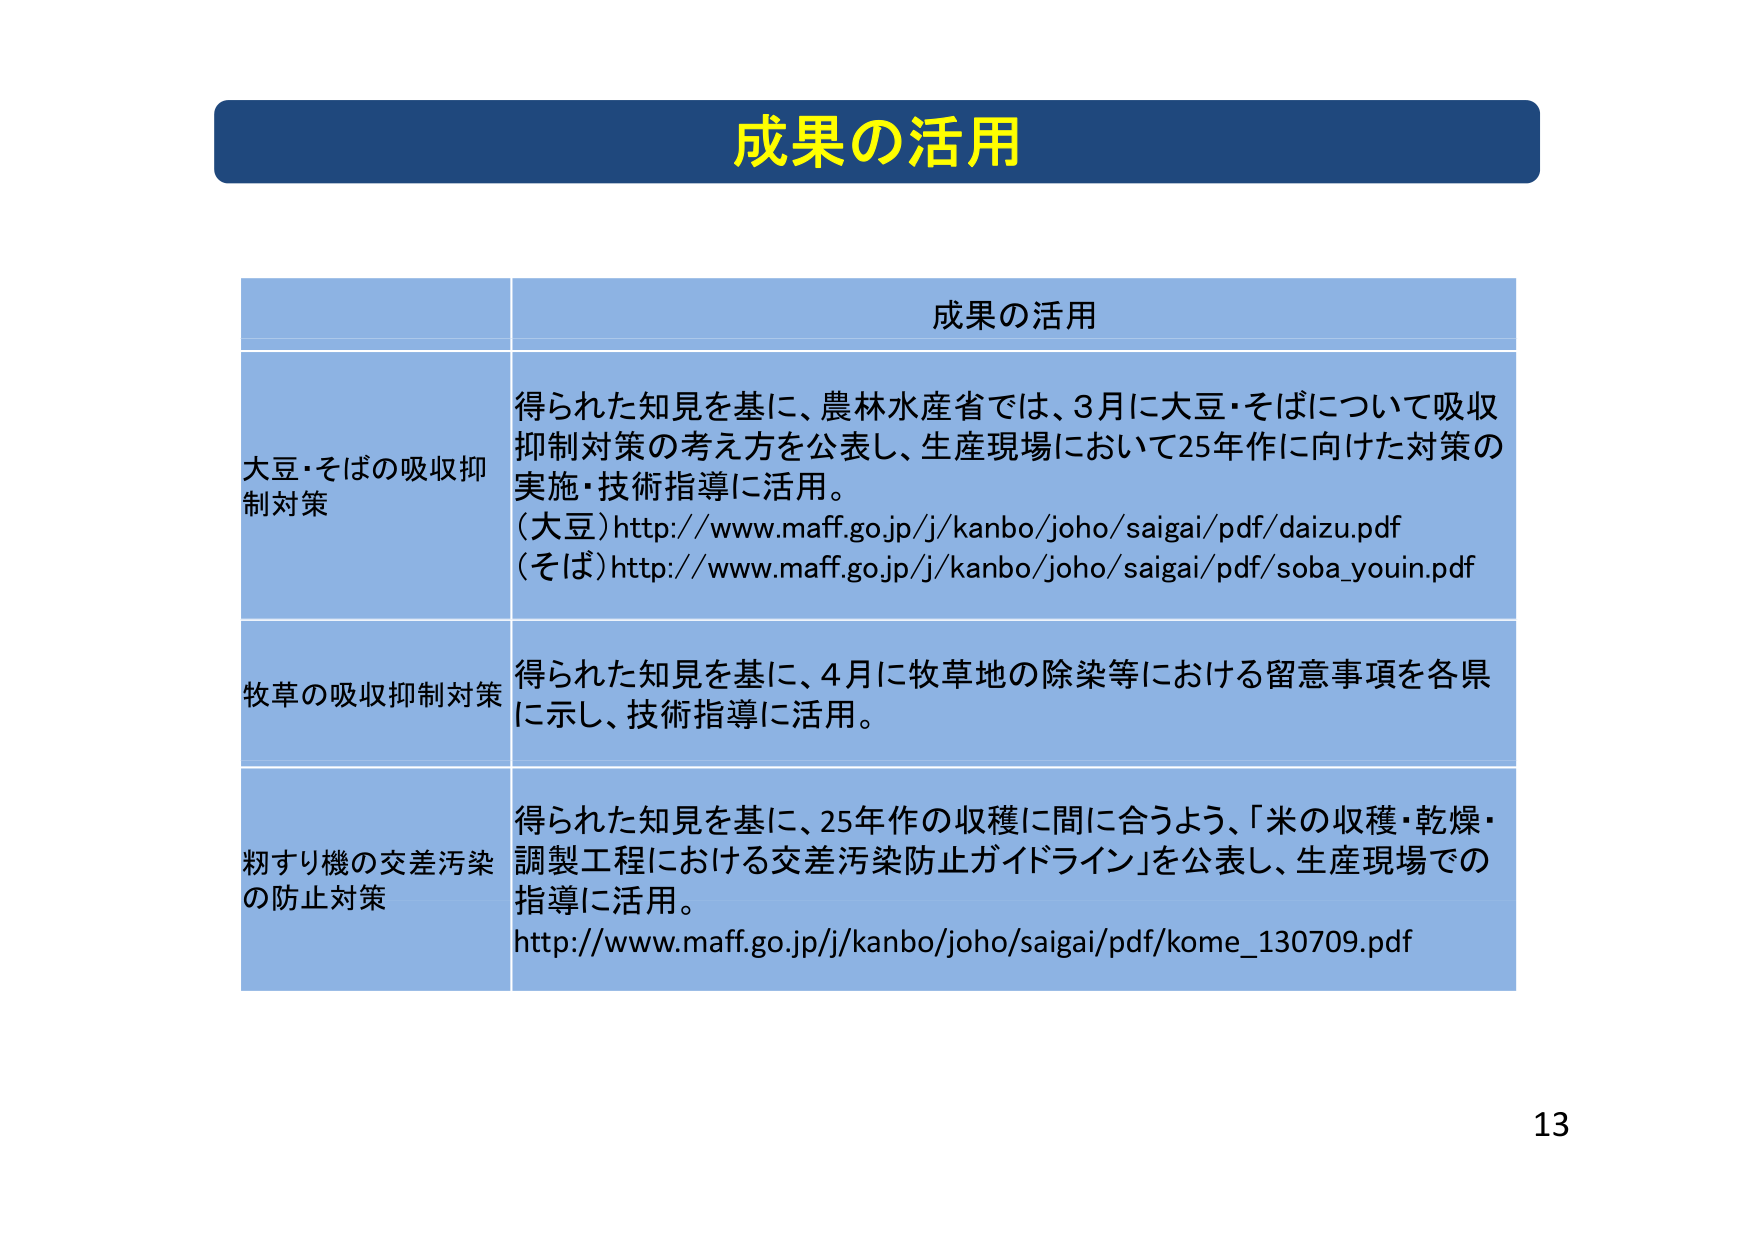
成果の活用

成果の活用

大豆・そばの吸収抑制対策
得られた知見を基に、農林水産省では、3月に大豆・そばについて吸収抑制対策の考え方を公表し、生産現場において25年作に向けた対策の実施・技術指導に活用。
（大豆）http://www.maff.go.jp/j/kanbo/joho/saigai/pdf/daizu.pdf
（そば）http://www.maff.go.jp/j/kanbo/joho/saigai/pdf/soba_youin.pdf

牧草の吸収抑制対策
得られた知見を基に、4月に牧草地の除染等における留意事項を各県に示し、技術指導に活用。

畑すり機の交差汚染の防止対策
得られた知見を基に、25年作の収穫に間に合うよう、「米の収穫・乾燥・調製工程における交差汚染防止ガイドライン」を公表し、生産現場での指導に活用。
http://www.maff.go.jp/j/kanbo/joho/saigai/pdf/kome_130709.pdf

13